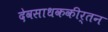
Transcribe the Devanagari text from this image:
देवसाधककीर्तन